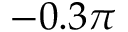
- 0 . 3 \pi